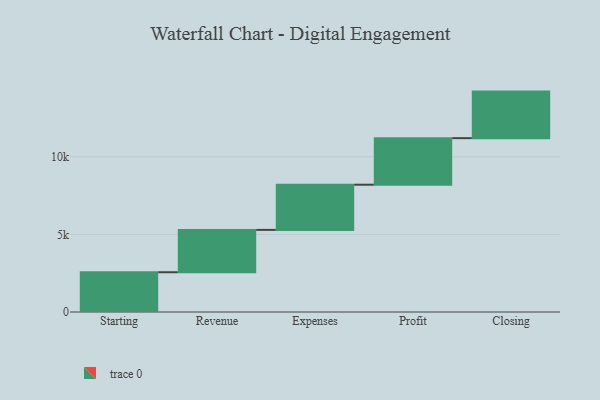
{"axis": {"x": "Step", "y": "Value"}, "legend": [""], "data": [{"x": "Starting", "y": 2562.0, "type": ""}, {"x": "Revenue", "y": 2730.0, "type": ""}, {"x": "Expenses", "y": 2911.0, "type": ""}, {"x": "Profit", "y": 3000, "type": ""}, {"x": "Closing", "y": 3000, "type": ""}]}